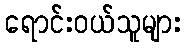
ရောင်းဝယ်သူများ